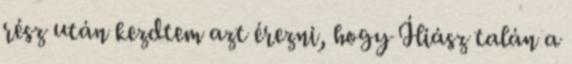
rész után kezdtem azt érezni, hogy Íliász talán a